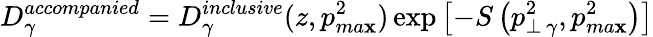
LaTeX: D_{\gamma}^{accompanied}=D_{\gamma}^{inclusive}(z,p_{ma\mathbf{x}}^{2})\exp{\left[-S\left(p_{\perp\, \gamma}^{2},p_{ma\mathbf{x}}^{2}\right)\right]}